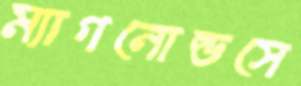
ম্যাগনোল্ডসে